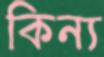
কিন্য